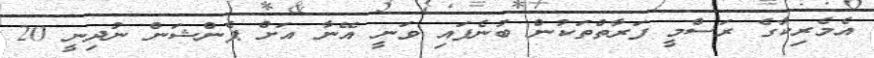
އެމެރިކާގެ ރަސްމީ ފަރާތްތަކުން ބުނެފައި ވަނީ އޭނާ އަށް ޕެންޝަން ނުދިނީ 20